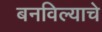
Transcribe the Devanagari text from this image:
बनविल्याचे